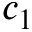
c _ { 1 }